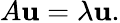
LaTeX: A\mathbf{u}=\lambda\mathbf{u}.